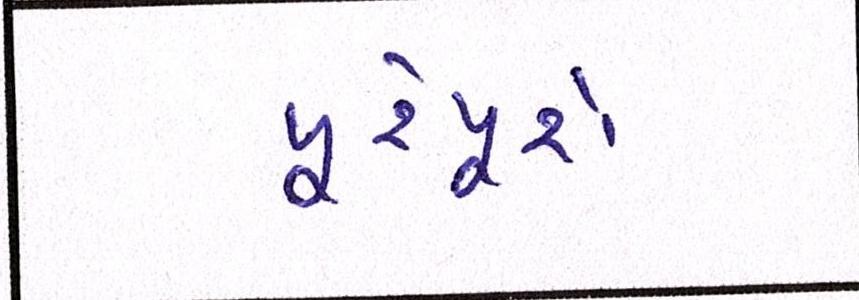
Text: પૂરેપૂરો